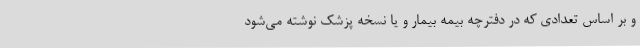
و بر اساس تعدادی که در دفترچه بیمه بیمار و یا نسخه پزشک نوشته می‌شود